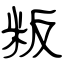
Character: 粄